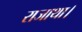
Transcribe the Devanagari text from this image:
राजाथा।